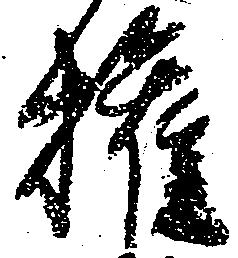
権